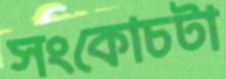
সংকোচটা